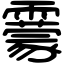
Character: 靀